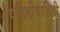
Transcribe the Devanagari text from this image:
पहिलीवाहिली